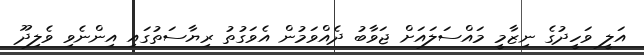
އަލީ ވަހީދުގެ ނިޒާމީ މައްސަލައަށް ޖަވާބު ދެއްވަމުން އެވަގުތު ރިޔާސަތުގައި އިންނެވި ވެލިދޫ